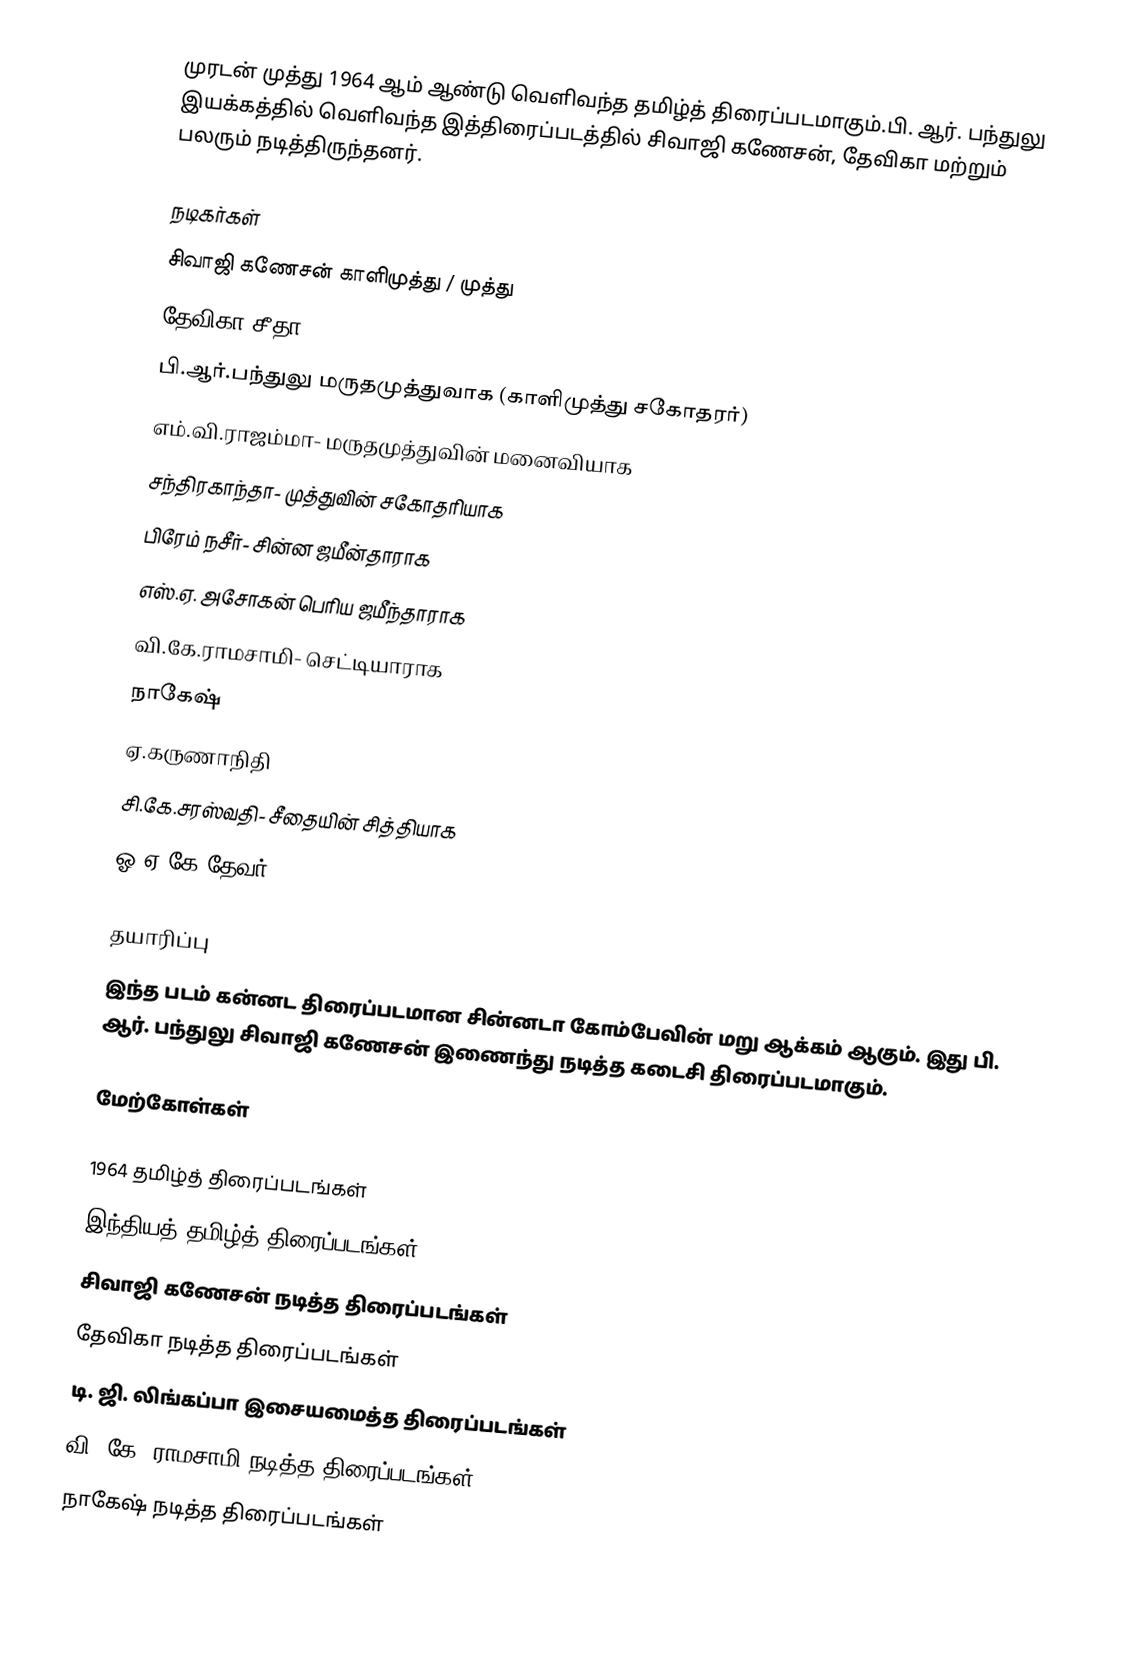
முரடன் முத்து 1964 ஆம் ஆண்டு வெளிவந்த தமிழ்த் திரைப்படமாகும்.பி. ஆர். பந்துலு இயக்கத்தில் வெளிவந்த இத்திரைப்படத்தில் சிவாஜி கணேசன், தேவிகா மற்றும் பலரும் நடித்திருந்தனர்.

நடிகர்கள்
 சிவாஜி கணேசன் காளிமுத்து / முத்து
 தேவிகா சீதா
 பி.ஆர்.பந்துலு மருதமுத்துவாக (காளிமுத்து சகோதரர்)
 எம்.வி.ராஜம்மா- மருதமுத்துவின் மனைவியாக
 சந்திரகாந்தா- முத்துவின் சகோதரியாக
 பிரேம் நசீர்- சின்ன ஜமீன்தாராக
 எஸ்.ஏ. அசோகன் பெரிய ஜமீந்தாராக
 வி.கே.ராமசாமி- செட்டியாராக
 நாகேஷ்
 ஏ.கருணாநிதி
 சி.கே.சரஸ்வதி- சீதையின் சித்தியாக
 ஓ.ஏ.கே.தேவர்

தயாரிப்பு
இந்த படம் கன்னட திரைப்படமான சின்னடா கோம்பேவின் மறு ஆக்கம் ஆகும். இது பி. ஆர். பந்துலு சிவாஜி கணேசன் இணைந்து நடித்த கடைசி திரைப்படமாகும்.

மேற்கோள்கள்

1964 தமிழ்த் திரைப்படங்கள்
இந்தியத் தமிழ்த் திரைப்படங்கள்
சிவாஜி கணேசன் நடித்த திரைப்படங்கள்
தேவிகா நடித்த திரைப்படங்கள்
டி. ஜி. லிங்கப்பா இசையமைத்த திரைப்படங்கள்
வி. கே. ராமசாமி நடித்த திரைப்படங்கள்
நாகேஷ் நடித்த திரைப்படங்கள்